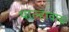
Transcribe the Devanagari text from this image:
पाल्हावास